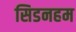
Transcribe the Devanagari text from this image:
सिडनहम